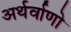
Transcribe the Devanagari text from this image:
अर्थर्वाणो